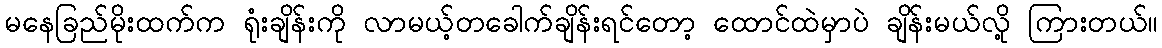
မနေခြည်မိုးထက်က ရုံးချိန်းကို လာမယ့်တခေါက်ချိန်းရင်တော့ ထောင်ထဲမှာပဲ ချိန်းမယ်လို့ ကြားတယ်။